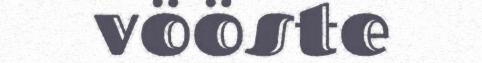
vööste